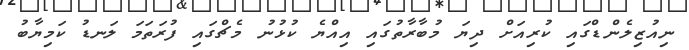
ނިއުޒިލެންޑްގައި ކުރިއަށް ދިޔަ މުބާރާތުގައި އިއްޔެ ކުޅުނު މެޗްގައި ފުރަތަމަ ލަނޑު ކަމިޔާބު